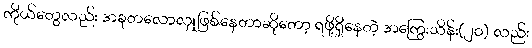
ကိုယ်တွေလည်း အခုတလောလှူဖြစ်နေတာဆိုတော့ ရဖို့ရှိနေတဲ့ အကြွေးသိန်း(၂၀) လည်း